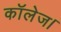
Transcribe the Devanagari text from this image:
कॉलेज।